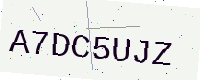
Text: A7DC5UJZ